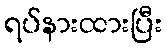
ရပ်နားထားပြီး